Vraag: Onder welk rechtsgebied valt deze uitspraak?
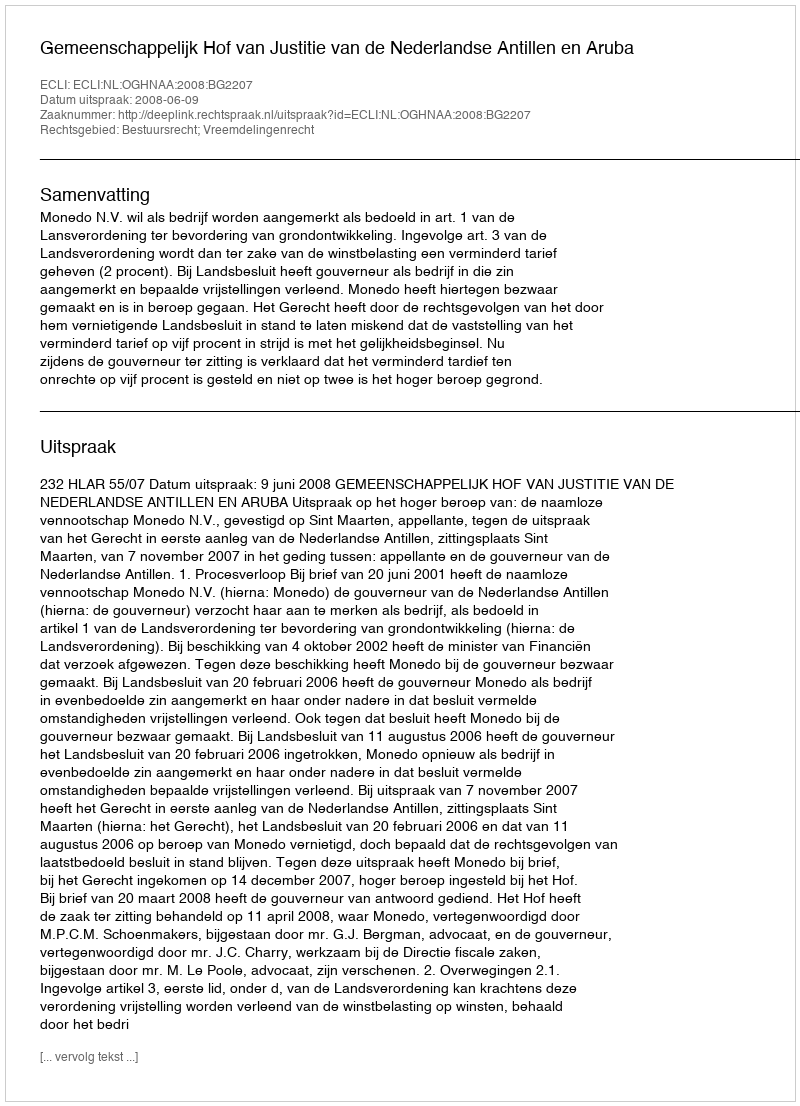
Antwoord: Bestuursrecht; Vreemdelingenrecht